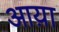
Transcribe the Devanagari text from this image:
आय़ा